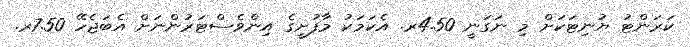
ކަރަންޓު ޔުނިޓަކަށް މި ނަގަނީ 4.50ރ. އެކަމަކު މާފުށީގެ އިންވެސްޓަރުންނަށް އެބަޖެހޭ 7.50ރ.